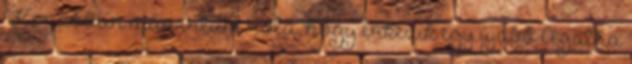
Korábban már írtam róla, hogy érkezik egy újabb Agatha